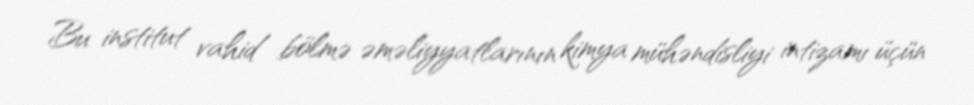
Bu institut vahid bölmə əməliyyatlarının kimya mühəndisliyi intizamı üçün